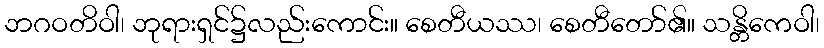
ဘဂဝတိဝါ၊ ဘုရားရှင်၌လည်းကောင်း။ စေတီယဿ၊ စေတီတော်၏။ သန္တိကေဝါ၊